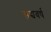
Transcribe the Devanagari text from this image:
सद्यवर्ष